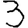
Digit: 3